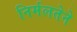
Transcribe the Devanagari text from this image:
निर्मलतेने